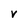
Character: v